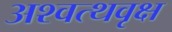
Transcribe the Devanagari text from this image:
अश्वत्थवृक्ष